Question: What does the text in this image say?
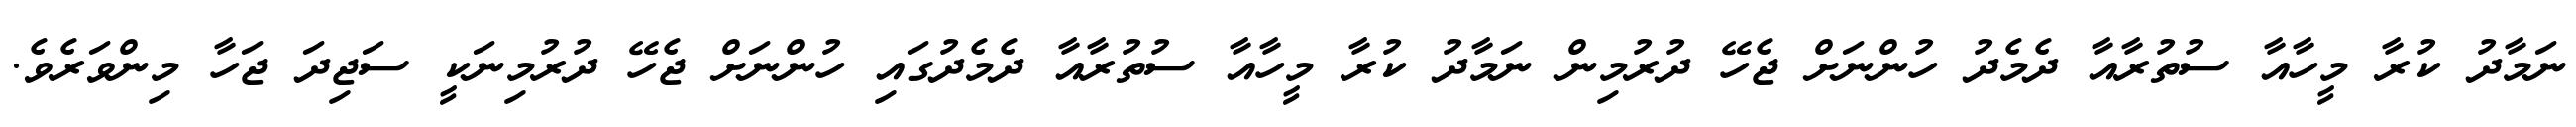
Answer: ނަމާދު ކުރާ މީހާއާ ސުތުރާއާ ދެމެދު ހުންނަށް ޖެހޭ ދުރުމިން ނަމާދު ކުރާ މީހާއާ ސުތުރާއާ ދެމެދުގައި ހުންނަށް ޖެހޭ ދުރުމިނަކީ ސަޖިދަ ޖަހާ މިންވަރެވެ.